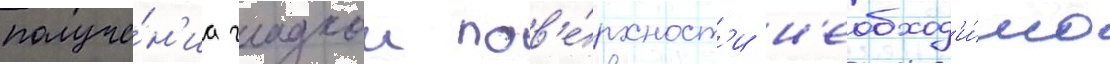
получе́н'иа гладкои пов'е́рхност'и н'еобход'и́мо